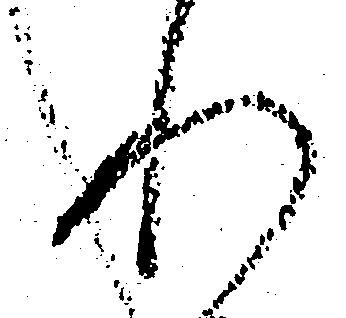
れ